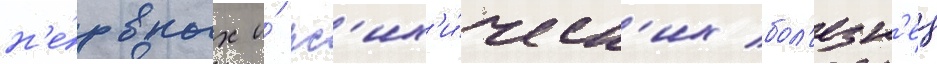
н'е́рвных и́ пс'их'и́ческ'их бол'езн'еи